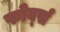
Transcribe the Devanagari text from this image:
फोर्ब्‍स